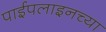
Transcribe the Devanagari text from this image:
पाईपलाइनच्या